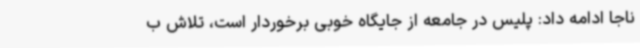
ناجا ادامه داد: پلیس در جامعه از جایگاه خوبی برخوردار است، تلاش ب